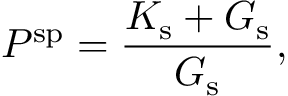
P ^ { \mathrm { s p } } = \frac { K _ { \mathrm { s } } + G _ { \mathrm { s } } } { G _ { \mathrm { s } } } ,